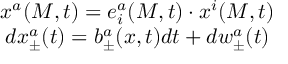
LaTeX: \begin{array} { c } { { x ^ { a } ( M , t ) = e _ { i } ^ { a } ( M , t ) \cdot x ^ { i } ( M , t ) } } \\ { { d x _ { \pm } ^ { a } ( t ) = b _ { \pm } ^ { a } ( x , t ) d t + d w _ { \pm } ^ { a } ( t ) } } \end{array}